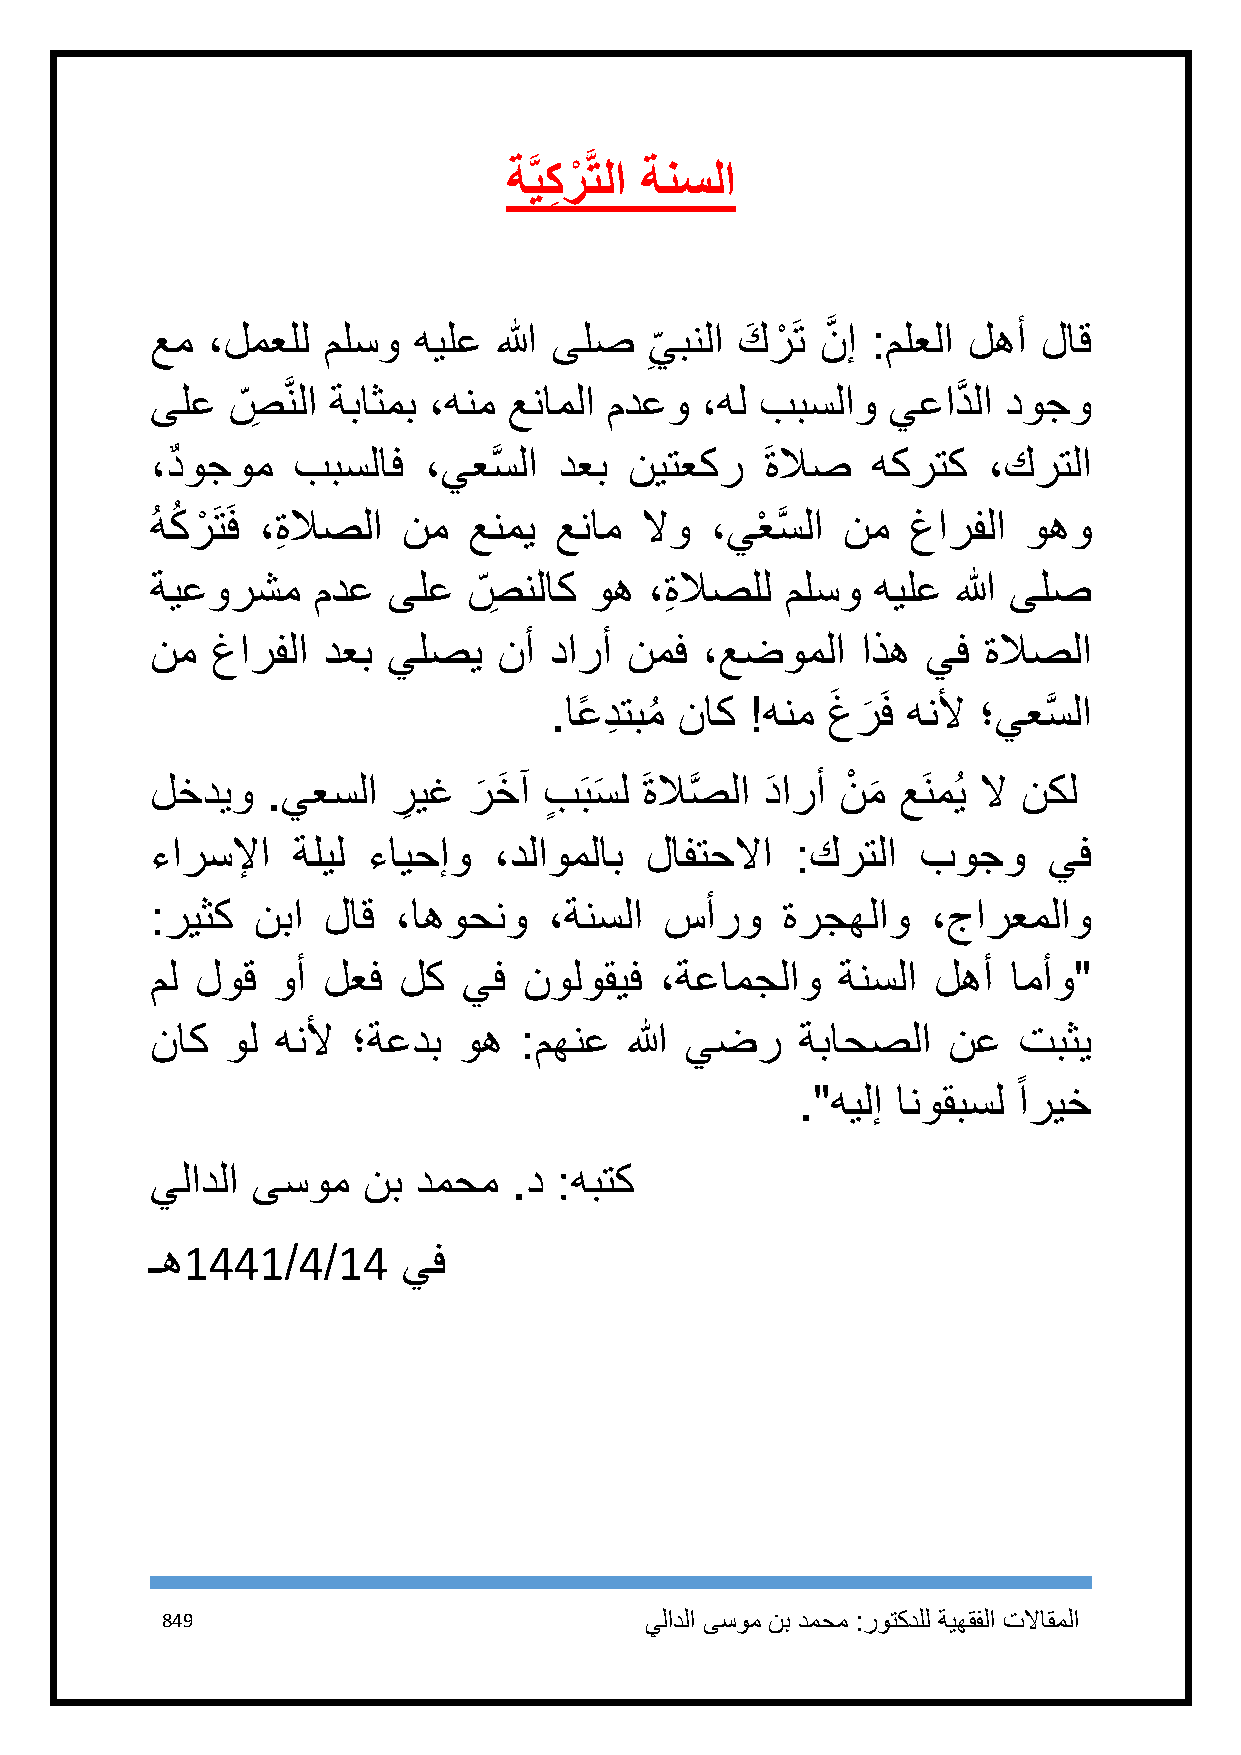
ةَّ يكِ رْ َّتلا ةنسلا
 عم  ،لمعلل ملسو  هيلع  الله ىلص
 ِ
 ي بنلا كَ رْ َت نَّ إ :ملعلا لهأ لاق
 ىلع  ص ِ َّنلا ةباثمب ،هنم عناملا مدعو ،هل ببسلاو يعادَّ لا دوجو
 ،دٌ وجوم ببسلاف   ،يعسَّ لا دعب نيتعكر  َ ةلاص  هكرتك  ،كرتلا
 ُ هكُ رْ َتَف ،ِةلاصلا نم عنمي عنام لاو ،يعْ سَّ لا نم غارفلا وهو
 ةيعورشم    مدع  ىلع  ص ِ نلاك وه ،ِةلاصلل ملسو  هيلع الله ىلص
 نم  غارفلا دعب  يلصي   نأ دارأ  نمف ،عضوملا    اذه يف  ةلاصلا
 .اعً دِ تبمُ ناك !هنم غَ ر
 َ
 َف هنلأ ؛يعسَّ لا
 لخديو   .يعسلا  ر
 ِ
 يغ  ر
 َ
 خَ آ بٍ َبسَ ل َ ةلاصَّ لا دَ ارأ نْ م
 َ
 عَنمُي لا نكل
 ءارسلإا  ةليل ءايحإو   ،دلاوملاب لافتحلاا  :كرتلا  بوجو    يف
 :ريثك  نبا لاق  ،اهوحنو   ،ةنسلا  سأرو    ةرجهلاو   ،جارعملاو
 مل لوق  وأ لعف  لك   يف  نولوقيف  ،ةعامجلاو  ةنسلا  لهأ  امأو"
 ناك  ول هنلأ ؛ةعدب  وه  :مهنع   الله يضر   ةباحصلا   نع  تبثي
 ً
 ."هيلإ انوقبسل اريخ
 يلادلا ىسوم   نب دمحم   .د :هبتك
 ـه1441/4/14      يف
 849                             يلادلا ىسوم نب دمحم :روتكدلل ةيهقفلا تلااقملا